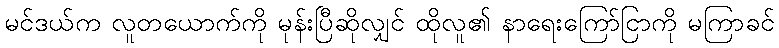
မင်ဒယ်က လူတယောက်ကို မုန်းပြီဆိုလျှင် ထိုလူ၏ နာရေးကြော်ငြာကို မကြာခင်